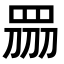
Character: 𥅫